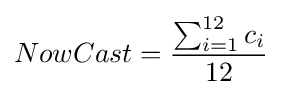
NowCast={\frac {\sum _{i=1}^{12}c_{i}}{12}}